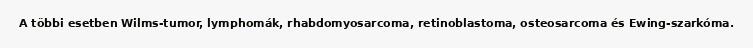
A többi esetben Wilms-tumor, lymphomák, rhabdomyosarcoma, retinoblastoma, osteosarcoma és Ewing-szarkóma.